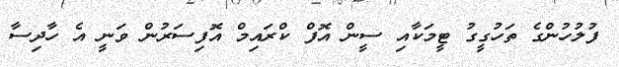
ފުލުހުންގެ ތަހުގީގު ޓީމަކާއި ސީން އޮފް ކްރައިމް އޮފިސަރުން ވަނީ އެ ހާދިސާ